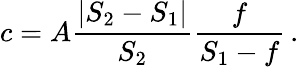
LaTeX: c=A{\frac{|S_{2}-S_{1}|}{S_{2}}}{\frac{f}{S_{1}-f}}\, .